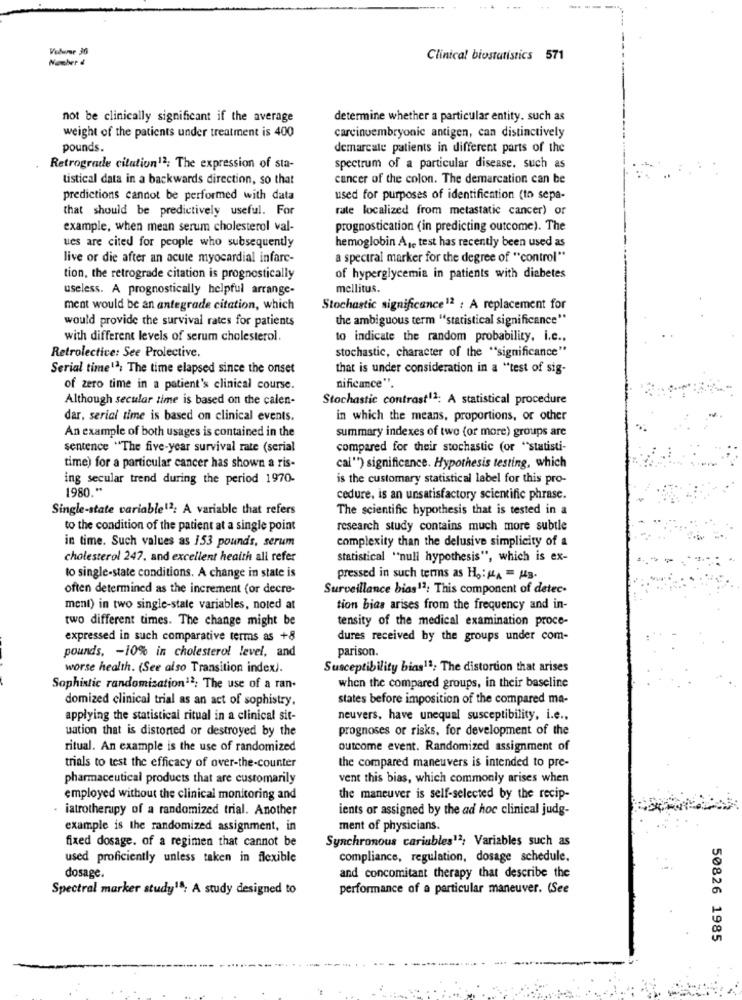
Volume 30
Number &
Clinical biostatistics 571
not be clinically significant if the average
determine whether a particular entity. such as
weight of the patients under treatment is 400
carcinoembryonic antigen, can distinctively
pounds.
demarcale patients in different parts of the
Retrograde citution12; The expression of sta-
spectrum of a particular disease. such as
tistical data in a backwards direction, so that
cancer of the colon. The demarcation can be
predictions cannot be performed with data
used for purposes of identification (to sepa-
that should be predictively useful. For
rate localized from metastatic cancer) or
example, when mean serum cholesterol val-
prognostication (in predicting outcome). The
ues are cited for people who subsequently
hemoglobin Aje test has recently been used as
live or die after an acute myocardial infare-
a spectral marker for the degree of "control"
tion, the retrograde citation is prognostically
of hyperglycemia in patients with diabetes
useless. A prognostically helpful arrange-
mellitus.
ment would be an antegrade citation, which
Stochastic significance12 : A replacement for
would provide the survival rates for patients
the ambiguous term "statistical significance"
with different levels of serum cholesterol.
to indicate the random probability. i.c .,
Retrolective: See Prolective.
stochastic, character of the "significance"
Serial time12; The time elapsed since the onset
that is under consideration in a "test of sig-
of zero time in a patient's clinical course.
nificace".
Although secular time is based on the calen-
Stochastic contrast11: A statistical procedure
dar, serial time is based on clinical events.
in which the means, proportions, or other
An example of both usages is contained in the
summary indexes of two (or more) groups are
sentence "The five-year survival rate (serial
compared for their stochastic (or "statisti-
time) for a particular cancer has shown a ris-
cal ") significance. Hypothesis testing, which
ing secular trend during the period 1970-
is the customary statistical label for this pro-
1980 .**
cedure, is an unsatisfactory scientific phrase.
Single-state variable12: A variable that refers
The scientific hypothesis that is tested in a
to the condition of the patient at a single point
research study contains much more subtle
in time. Such values as 153 pounds, serum
complexity than the delusive simplicity of a
cholesterol 247. and excellent heaith ali refer
Statistical "null hypothesis", which is ex-
to single-state conditions. A change in state is
pressed in such terms as Ho: HA - Ha ..
often determined as the increment (or decre-
Surveillance bias12: This component of detec-
ment) in two single-state variables, noted at
tion bias arises from the frequency and in-
two different times. The change might be
tensity of the medical examination proce-
expressed in such comparative terms as +8
dures received by the groups under com-
pounds, - 10% in cholesterol level, and
parison.
worse health. (See also Transition index).
Susceptibility bias13; The distortion that arises
Sophistic randomization13; The use of a ran.
when the compared groups, in their baseline
domized clinical trial as an act of sophistry,
states before imposition of the compared ma-
applying the statistical ritual in a clinical sit-
neuvers, have unequal susceptibility, i.e .,
uation that is distorted or destroyed by the
prognoses or risks, for development of the
ritual. An example is the use of randomized
outcome event. Randomized assignment of
the compared maneuvers is intended to pre-
trials to test the efficacy of over-the-counter
pharmaceutical products that are customarily
vent this bias, which commonly arises when
employed without the clinical monitoring and
the maneuver is self-selected by the recip-
iatrotherapy of a randomized trial. Another
ients or assigned by the ad hoc clinical judg-
example is the randomized assignment, in
ment of physicians.
fixed dosage. of a regimen that cannot be
Synchronous cariables12; Variables such as
used proficiently unless taken in flexible
compliance, regulation, dosage schedule.
dosage
and concomitant therapy that describe the
Spectral marker study18; A study designed to
performance of a particular maneuver. (See
50826 1985